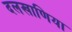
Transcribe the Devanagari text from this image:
दलखाणिया